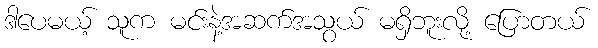
ဒါပေမယ့် သူက မင်းနဲ့အဆက်အသွယ် မရှိဘူးလို့ ပြောတယ်